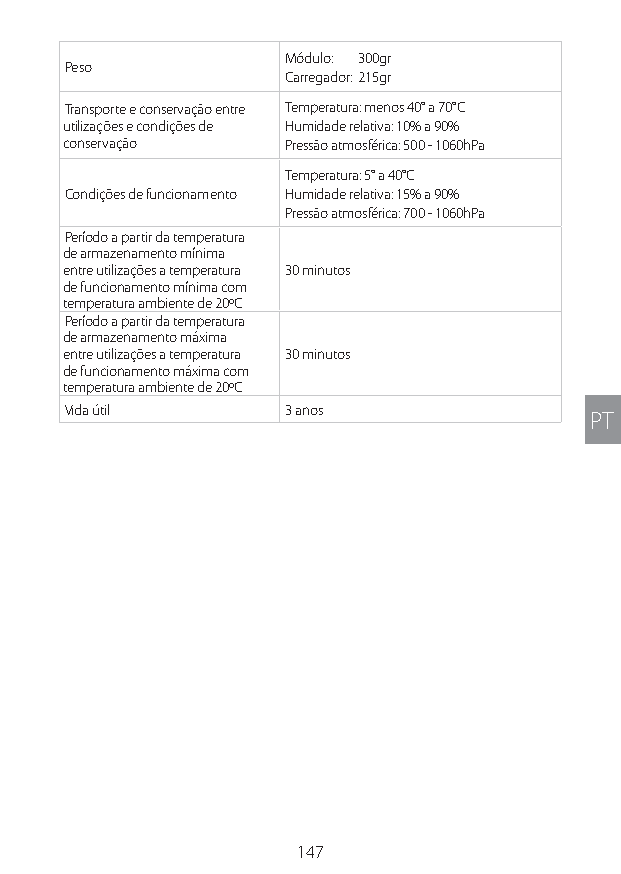
Módulo: 300gr
 Peso
 Carregador: 215gr
 Transporte e conservação entre Temperatura: menos 40° a 70°C
 utilizações e condições de Humidade relativa: 10% a 90%
 conservação    Pressão atmosférica: 500 - 1060hPa
 Temperatura: 5° a 40°C
 Condições de funcionamento Humidade relativa: 15% a 90%
 Pressão atmosférica: 700 - 1060hPa
 Período a partir da temperatura
 de armazenamento mínima
 entre utilizações a temperatura 30 minutos
 de funcionamento mínima com
 temperatura ambiente de 20ºC
 Período a partir da temperatura
 de armazenamento máxima
 entre utilizações a temperatura 30 minutos
 de funcionamento máxima com
 temperatura ambiente de 20ºC
 Vida útil      3 anos
 PT
 147
 Lipo UM EU124 3545B inside ALL EU124 ED296-24 release.indd 147 14/08/2018 10:57:41